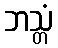
ဘသ္တံ